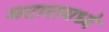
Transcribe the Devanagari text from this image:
मटारामध्ये